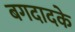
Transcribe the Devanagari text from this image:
बगदादके